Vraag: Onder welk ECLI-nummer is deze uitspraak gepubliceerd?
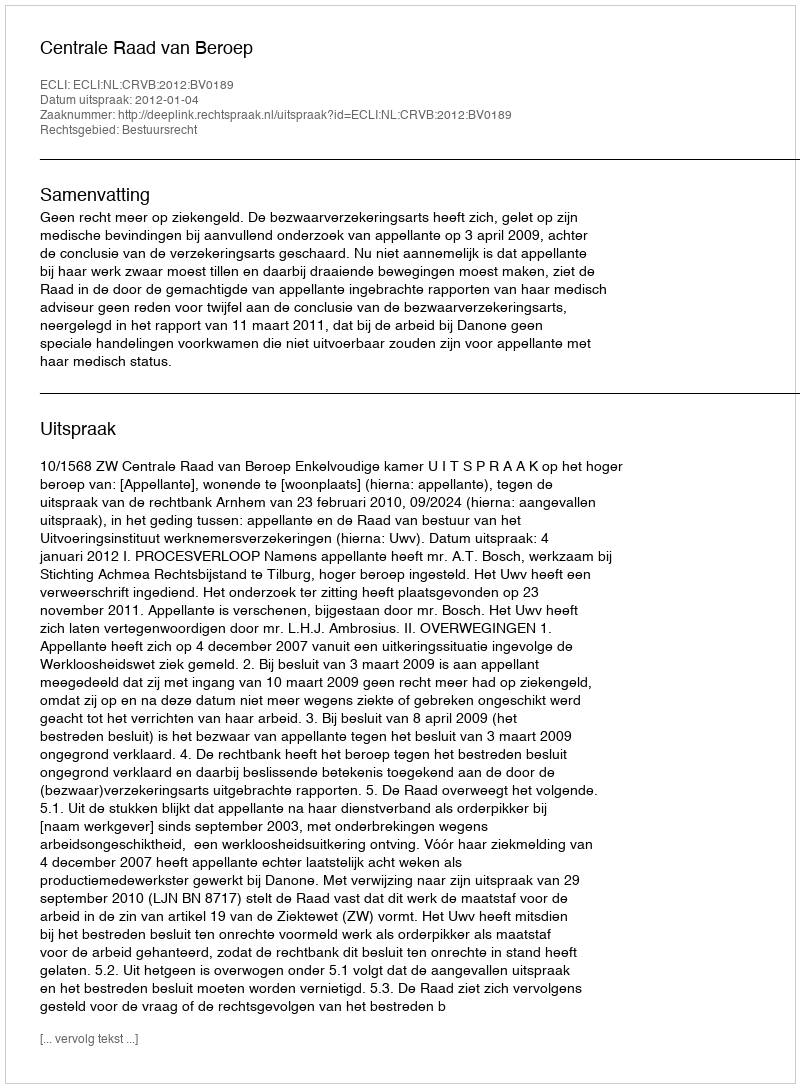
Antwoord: ECLI:NL:CRVB:2012:BV0189